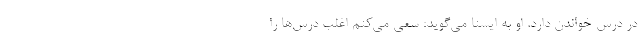
در درس خواندن دارد. او به ایسنا می‌گوید: سعی می‌کنم اغلب درس‌ها را